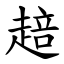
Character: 䞳